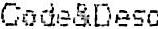
CODE&DESC